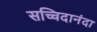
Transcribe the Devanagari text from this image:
सच्चिदानंदा